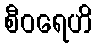
စီဝရေဟိ